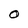
Character: O